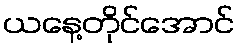
ယနေ့တိုင်အောင်